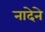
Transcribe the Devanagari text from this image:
नादेने